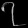
Digit: ၇